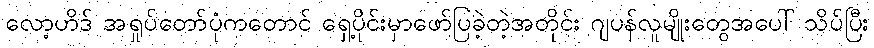
လော့ဟိဒ် အရှုပ်တော်ပုံကတောင် ရှေ့ပိုင်းမှာဖော်ပြခဲ့တဲ့အတိုင်း ဂျပန်လူမျိုးတွေအပေါ် သိပ်ပြီး